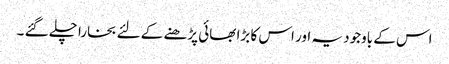
اس کے باوجود یہ اور اس کا بڑا بھائی پڑھنے کے لئے بخارا چلے گئے ۔